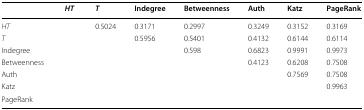
<table><thead><tr><td></td><td><b><i>HT</i></b></td><td><b><i>T</i></b></td><td><b>Indegree</b></td><td><b>Betweenness</b></td><td><b>Auth</b></td><td><b>Katz</b></td><td><b>PageRank</b></td></tr></thead><tbody><tr><td><i>HT</i></td><td></td><td>0.5024</td><td>0.3171</td><td>0.2997</td><td>0.3249</td><td>0.3152</td><td>0.3169</td></tr><tr><td><i>T</i></td><td></td><td></td><td>0.5956</td><td>0.5401</td><td>0.4132</td><td>0.6144</td><td>0.6114</td></tr><tr><td>Indegree</td><td></td><td></td><td></td><td>0.598</td><td>0.6823</td><td>0.9991</td><td>0.9973</td></tr><tr><td>Betweenness</td><td></td><td></td><td></td><td></td><td>0.4123</td><td>0.6208</td><td>0.7508</td></tr><tr><td>Auth</td><td></td><td></td><td></td><td></td><td></td><td>0.7569</td><td>0.7508</td></tr><tr><td>Katz</td><td></td><td></td><td></td><td></td><td></td><td></td><td>0.9963</td></tr><tr><td>PageRank</td><td></td><td></td><td></td><td></td><td></td><td></td><td></td></tr></tbody></table>